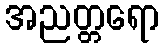
အညတ္တရော